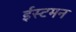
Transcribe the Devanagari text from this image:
ईस्टमन